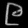
Digit: ၉